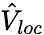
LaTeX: \hat{V}_{loc}